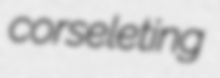
corseleting